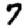
Digit: 7